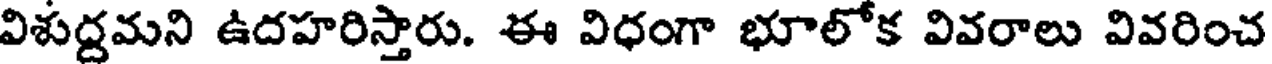
విశుద్దమని ఉదహరిస్తారు. ఈ విధంగా భూలోక వివరాలు వివరించ